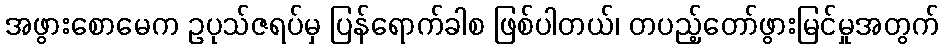
အဖွားစောမေက ဥပုသ်ဇရပ်မှ ပြန်ရောက်ခါစ ဖြစ်ပါတယ်၊ တပည့်တော်ဖွားမြင်မှုအတွက်